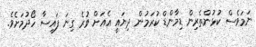
ނަމަވެސް ކުޅުންތެރިން ޑިމާންޑް ކުރަމުން ދިޔައީ އެއަށް ވުރެ ގިނަ ފައިސާ ހޯދުމަށެވެ.